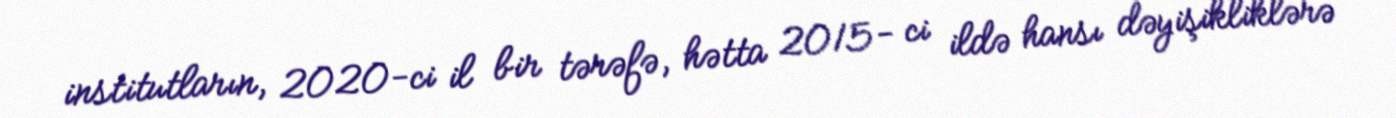
institutların, 2020-ci il bir tərəfə, hətta 2015- ci ildə hansı dəyişikliklərə